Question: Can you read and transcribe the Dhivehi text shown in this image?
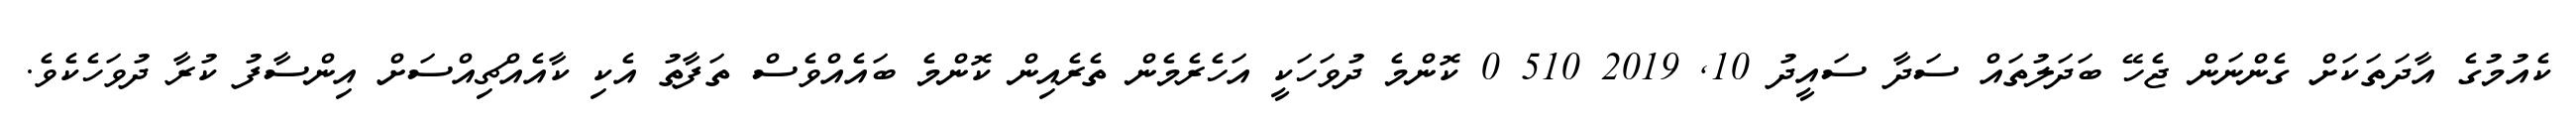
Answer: ކެއުމުގެ އާދަތަކަށް ގެންނަން ޖެހޭ ބަދަލުތައް ސަދާ ސައީދު 10, 2019 510 0 ކޮންމެ ދުވަހަކީ އަހެރެމެން ތެރެއިން ކޮންމެ ބައެއްވެސް ތަފާތު އެކި ކާއެއްޗިއްސަށް އިންސާފު ކުރާ ދުވަހެކެވެ.